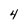
Character: 4